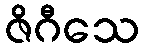
ဇိဂီသေ